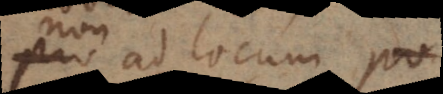
pro ad locum po